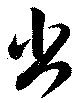
出